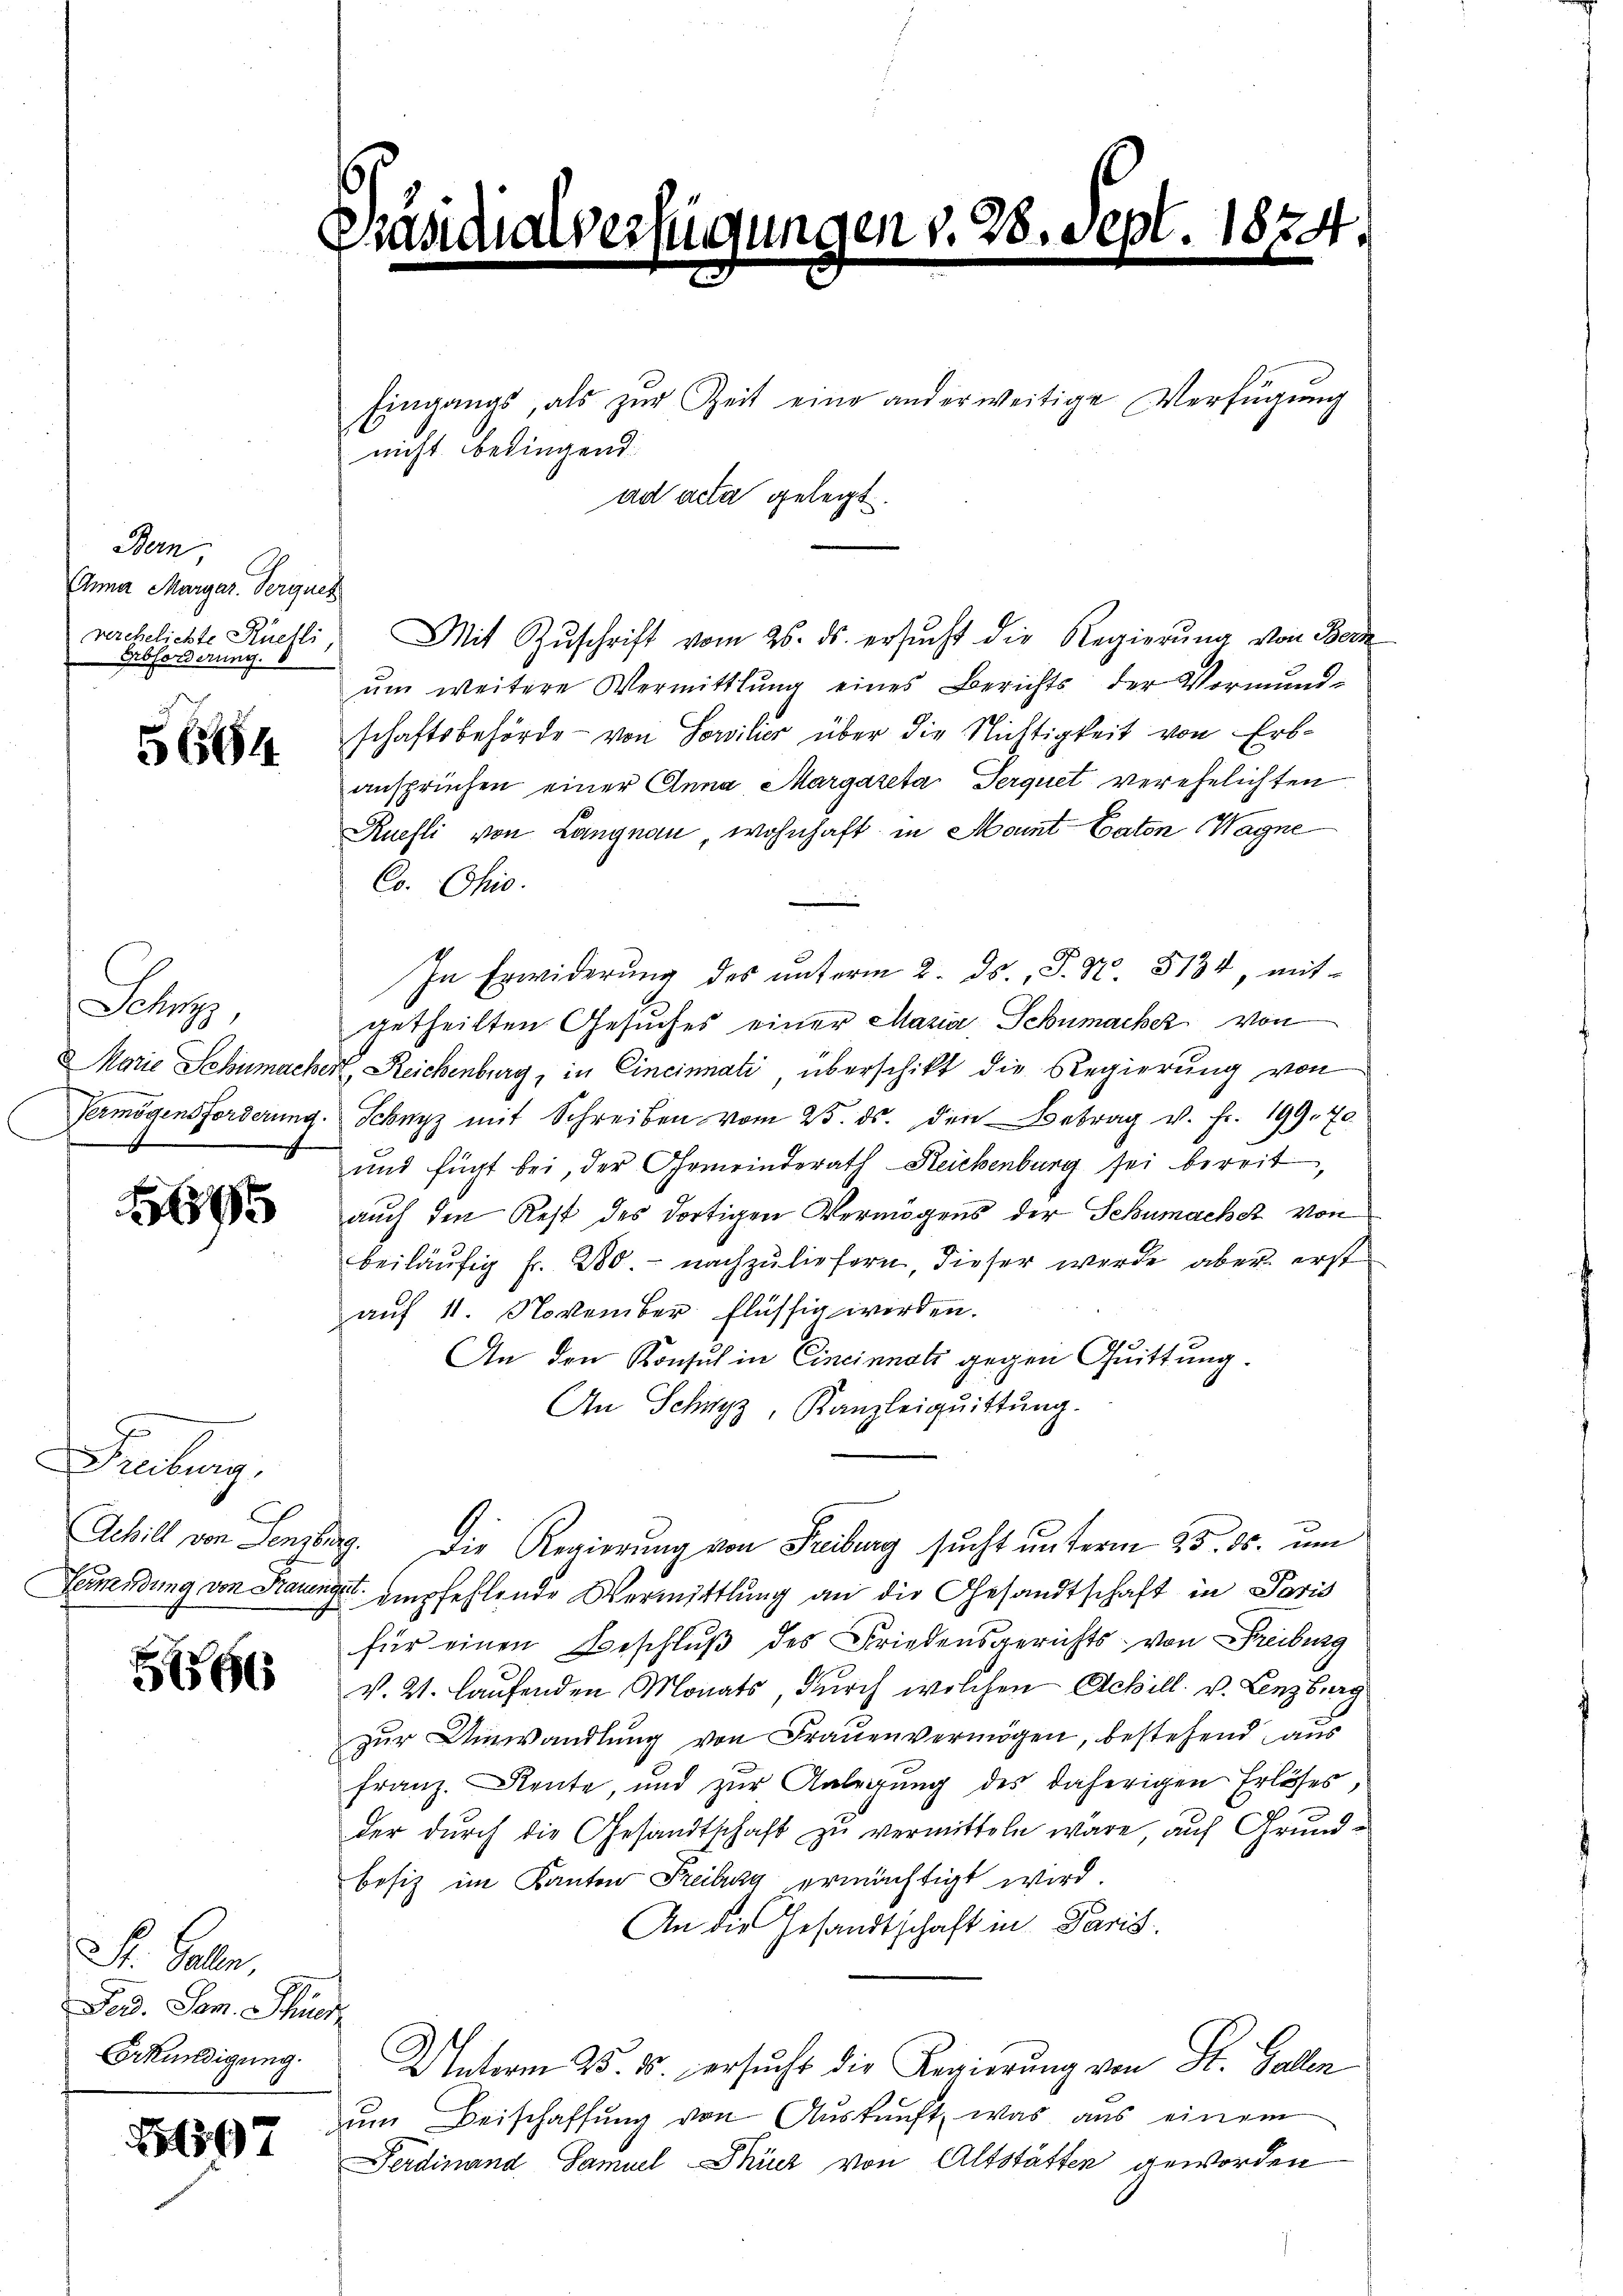
Menn,
Chma Margar. Verguel
verehelichte Küchli,
Erbforderung.

664

Schwyz,
Marie Schumacher

59

Freiburg,
Achill von Sensburg.
Germeidung von Frauens
x

556

St. Galle.
Fed. Jan. Schut
Erkundigung.

597

i

t

e

nicht bedingend.
ad acta gelegt.

N. 28. d.

Eingangs, als zŭr Zeit eine anderweitige Verfügung

1

Mit Zŭschrift vom 26. ds. ersŭcht die Regierŭng von Bern
ŭm weitere Vermittlung eines Berichts der Vormund-
schaftsbehörde - von Sowilier über die Nichtigkeit von Erbansprüchen einer Anna Margareta Serquet verehelichten
Ruefli von Langnau, wohnhaft in Moment Caton Wagne
Co. Chio.
In Erwiderŭng des ŭnterm 2. ds. P. Nr. 5134, mit-
getheilten Gesuches einer Maria, Schumacher von
Reichenburg, in Cincinnati überschikt die Regierung von
Vermögensforderung. Schwyz mit Schreiben vom 25. ds. den Betrag v. Fr. 199. 70
und fügt bei, der Gemeinderath Reichenburg sei bereit,
auch den Rest des dortigen Vermögens der Schumache von
beiläufig fr. 280. - nachzuliefern, dieser werde aber erst
auf 11. November flüssig werden.
An den Konsul in Cincinnatz gegen Quittung.
An Schwyz, Kanzleiquittung.
Die Regierung von Freiburg sucht unterm 25. ds. um
 empfehlende Vermittlung an die Gesandtschaft in Paris
für einen Beschluß des Friedensgerichts von Freiburg
v. 2. laufenden Monats, durch welchen Achill. v. Lenzburg
zur Umwandlung von Frauenvermögen, bestehend aus
franz. Rente, und zŭr Anlegung des daherigen Erlöses,
der durch die Gesandtschaft zu vermitteln wäre, auf Grundbesiz im Kanton Freiburg ermächtigt wird.
An die Gesandtschaft in Paris
Unterm 25. 15. ersucht die Regierung von St. Gallen
ŭm Beischaffung von Auskunft, was aus einem
Ferdinand Samuel Thier von Altstätten geworden

87